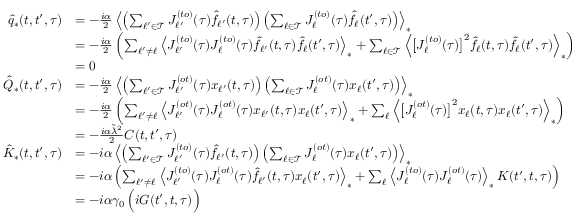
\begin{array} { r l } { \hat { q } _ { * } ( t , t ^ { \prime } , \tau ) } & { = - \frac { i \alpha } { 2 } \left\langle \left( \sum _ { \ell ^ { \prime } \in \mathcal { T } } J _ { \ell ^ { \prime } } ^ { ( t o ) } ( \tau ) \hat { f } _ { \ell ^ { \prime } } ( t , \tau ) \right) \left( \sum _ { \ell \in \mathcal { T } } J _ { \ell } ^ { ( t o ) } ( \tau ) \hat { f } _ { \ell } ( t ^ { \prime } , \tau ) \right) \right\rangle _ { * } } \\ & { = - \frac { i \alpha } { 2 } \left( \sum _ { \ell ^ { \prime } \neq \ell } \left\langle J _ { \ell ^ { \prime } } ^ { ( t o ) } ( \tau ) J _ { \ell } ^ { ( t o ) } ( \tau ) \hat { f } _ { \ell ^ { \prime } } ( t , \tau ) \hat { f } _ { \ell } ( t ^ { \prime } , \tau ) \right\rangle _ { * } + \sum _ { \ell \in \mathcal { T } } \left\langle \big [ J _ { \ell } ^ { ( t o ) } ( \tau ) \big ] ^ { 2 } \hat { f } _ { \ell } ( t , \tau ) \hat { f } _ { \ell } ( t ^ { \prime } , \tau ) \right\rangle _ { * } \right) } \\ & { = 0 } \\ { \hat { Q } _ { * } ( t , t ^ { \prime } , \tau ) } & { = - \frac { i \alpha } { 2 } \left\langle \left( \sum _ { \ell ^ { \prime } \in \mathcal { T } } J _ { \ell ^ { \prime } } ^ { ( o t ) } ( \tau ) x _ { \ell ^ { \prime } } ( t , \tau ) \right) \left( \sum _ { \ell \in \mathcal { T } } J _ { \ell } ^ { ( o t ) } ( \tau ) x _ { \ell } ( t ^ { \prime } , \tau ) \right) \right\rangle _ { * } } \\ & { = - \frac { i \alpha } { 2 } \left( \sum _ { \ell ^ { \prime } \neq \ell } \left\langle J _ { \ell ^ { \prime } } ^ { ( o t ) } ( \tau ) J _ { \ell } ^ { ( o t ) } ( \tau ) x _ { \ell ^ { \prime } } ( t , \tau ) x _ { \ell } ( t ^ { \prime } , \tau ) \right\rangle _ { * } + \sum _ { \ell } \left\langle \big [ J _ { \ell } ^ { ( o t ) } ( \tau ) \big ] ^ { 2 } x _ { \ell } ( t , \tau ) x _ { \ell } ( t ^ { \prime } , \tau ) \right\rangle _ { * } \right) } \\ & { = - \frac { i \alpha \tilde { \lambda } ^ { 2 } } { 2 } C ( t , t ^ { \prime } , \tau ) } \\ { \hat { K } _ { * } ( t , t ^ { \prime } , \tau ) } & { = - i \alpha \left\langle \left( \sum _ { \ell ^ { \prime } \in \mathcal { T } } J _ { \ell ^ { \prime } } ^ { ( t o ) } ( \tau ) \hat { f } _ { \ell ^ { \prime } } ( t , \tau ) \right) \left( \sum _ { \ell \in \mathcal { T } } J _ { \ell } ^ { ( o t ) } ( \tau ) x _ { \ell } ( t ^ { \prime } , \tau ) \right) \right\rangle _ { * } } \\ & { = - i \alpha \left( \sum _ { \ell ^ { \prime } \neq \ell } \left\langle J _ { \ell ^ { \prime } } ^ { ( t o ) } ( \tau ) J _ { \ell } ^ { ( o t ) } ( \tau ) \hat { f } _ { \ell ^ { \prime } } ( t , \tau ) x _ { \ell } ( t ^ { \prime } , \tau ) \right\rangle _ { * } + \sum _ { \ell } \left\langle J _ { \ell } ^ { ( t o ) } ( \tau ) J _ { \ell } ^ { ( o t ) } ( \tau ) \right\rangle _ { * } K ( t ^ { \prime } , t , \tau ) \right) } \\ & { = - i \alpha \gamma _ { 0 } \, \Big ( i G ( t ^ { \prime } , t , \tau ) \Big ) } \end{array}